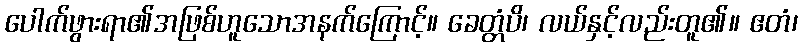
ပေါက်ဖွားရာ၏အဖြစ်ဟူသောအနက်ကြောင့်။ ခေတ္တံပိ၊ လယ်နှင့်လည်းတူ၏။ ဧတံ၊